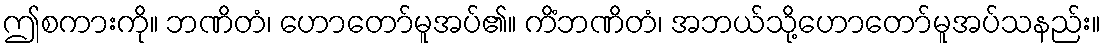
ဤစကားကို။ ဘဏိတံ၊ ဟောတော်မူအပ်၏။ ကိံဘဏိတံ၊ အဘယ်သို့ဟောတော်မူအပ်သနည်း။